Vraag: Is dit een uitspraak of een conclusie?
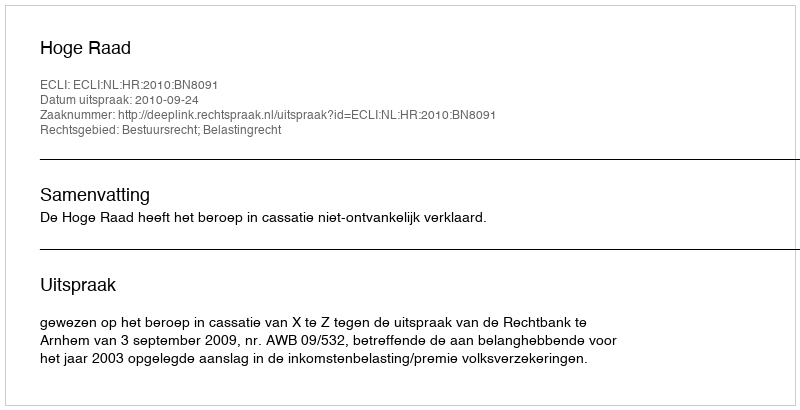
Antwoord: Uitspraak